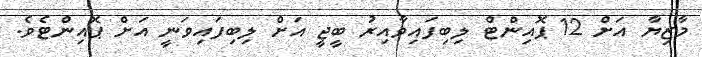
މާޒިޔާ އަށް 12 ޕޮއިންޓް ލިބިފައިވާއިރު ބީޖީ އަށް ލިބިފައިވަނީ އަށް ޕޮއިންޓެވެ.